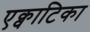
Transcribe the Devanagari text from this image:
एक्वाटिका